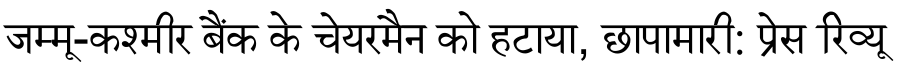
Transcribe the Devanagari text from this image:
जम्मू-कश्मीर बैंक के चेयरमैन को हटाया, छापामारी: प्रेस रिव्यू